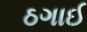
ઠગાઈ